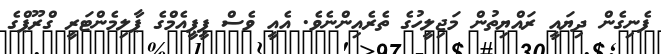
ފެނިގެން ދިޔައީ ރައްޔިތުން މަޖިލީހުގެ ތެރެއިންނެވެ. އެއީ ވެސް ޕީޕީއެމްގެ ޕާލިމެންޓަރީ ގްރޫޕްގެ